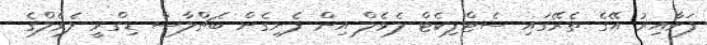
ފަށާއިރު އޭގެ ތެރޭގައި ސެޓްފިކެޓް ލެވެލް އިން ފެށިގެން ބެޗްލާސް ޑިގްރީ ލެވެލްގެ